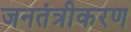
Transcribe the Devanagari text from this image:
जनतंत्रीकरण